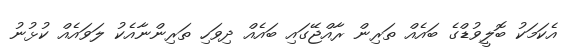
އެކަމަކު ބޮލީވުޑްގެ ބައެއް ތަރިން ރާއްޖޭގައި ބައެއް ދިވަހި ތަރިންނާއެކު ލަވައެެއް ކުޅުނު